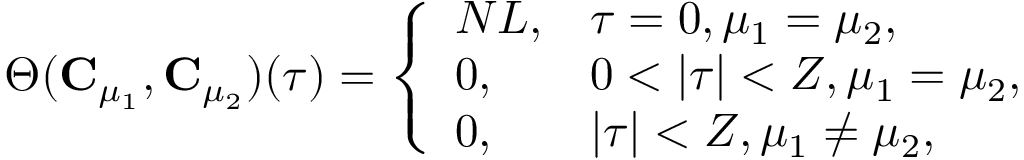
\begin{array} { r } { \Theta ( \mathbf { C } _ { \mu _ { 1 } } , \mathbf { C } _ { \mu _ { 2 } } ) ( \tau ) = \left\{ \begin{array} { l l } { N L , } & { \tau = 0 , \mu _ { 1 } = \mu _ { 2 } , } \\ { 0 , } & { 0 < | \tau | < Z , \mu _ { 1 } = \mu _ { 2 } , } \\ { 0 , } & { | \tau | < Z , \mu _ { 1 } \neq \mu _ { 2 } , } \end{array} \right. } \end{array}